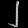
Digit: ၂